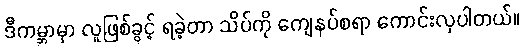
ဒီကမ္ဘာမှာ လူဖြစ်ခွင့် ရခဲ့တာ သိပ်ကို ကျေနပ်စရာ ကောင်းလှပါတယ်။